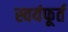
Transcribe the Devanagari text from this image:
स्वयंफूर्त